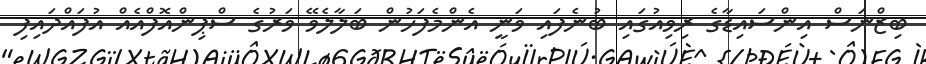
ބިޒްނަސް އިންސައިޑާގެ ރިވިއުގައި ބުނެފައި ވަނީ އެންމެފަހުން ބަލާލެވޭ ވަރުގެ ސްޕިންއޮފްއެއް އުފައްދައިފި